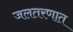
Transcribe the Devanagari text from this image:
जलतरणात